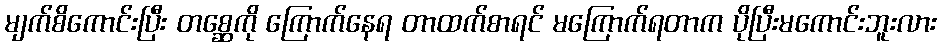
မျက်စိကောင်းပြီး တစ္ဆေကို ကြောက်နေရ တာထက်စာရင် မကြောက်ရတာက ပိုပြီးမကောင်းဘူးလား